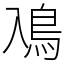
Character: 鳰